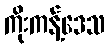
ကိုးကန့်ဒေသ